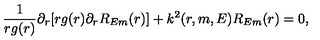
\frac { 1 } { r g ( r ) } \partial _ { r } [ r g ( r ) \partial _ { r } R _ { E m } ( r ) ] + k ^ { 2 } ( r , m , E ) R _ { E m } ( r ) = 0 ,